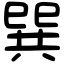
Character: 巽